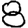
Digit: 8